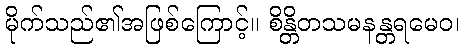
မိုက်သည်၏အဖြစ်ကြောင့်။ စိန္တိတသမနန္တရမေဝ၊